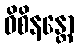
ဝိစိနန္တော